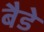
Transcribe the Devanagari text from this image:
बैडे